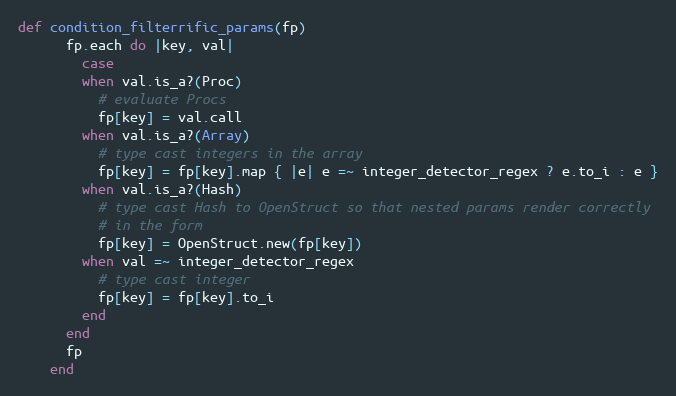
Language: Ruby
def condition_filterrific_params(fp)
      fp.each do |key, val|
        case
        when val.is_a?(Proc)
          # evaluate Procs
          fp[key] = val.call
        when val.is_a?(Array)
          # type cast integers in the array
          fp[key] = fp[key].map { |e| e =~ integer_detector_regex ? e.to_i : e }
        when val.is_a?(Hash)
          # type cast Hash to OpenStruct so that nested params render correctly
          # in the form
          fp[key] = OpenStruct.new(fp[key])
        when val =~ integer_detector_regex
          # type cast integer
          fp[key] = fp[key].to_i
        end
      end
      fp
    end